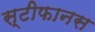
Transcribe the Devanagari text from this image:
स्टीफानस